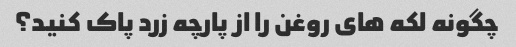
چگونه لکه های روغن را از پارچه زرد پاک کنید؟